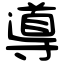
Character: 導